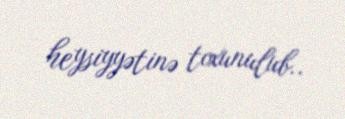
heysiyyətinə toxunulub..